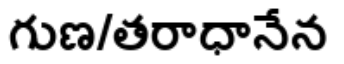
గుణ/తరాధానేన